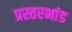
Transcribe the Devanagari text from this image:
प्रस्तरभांड